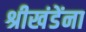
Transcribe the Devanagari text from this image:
श्रीखंडेंना